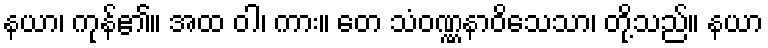
နယာ၊ ကုန်၏။ အထ ဝါ၊ ကား။ တေ သံဝဏ္ဏနာဝိသေသာ၊ တို့သည်။ နယာ